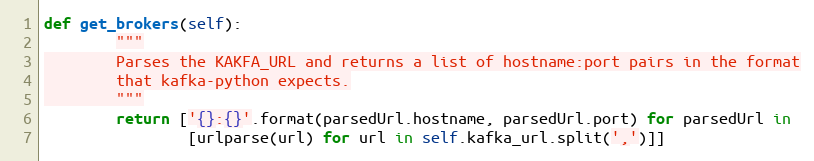
Language: Python
def get_brokers(self):
        """
        Parses the KAKFA_URL and returns a list of hostname:port pairs in the format
        that kafka-python expects.
        """
        return ['{}:{}'.format(parsedUrl.hostname, parsedUrl.port) for parsedUrl in
                [urlparse(url) for url in self.kafka_url.split(',')]]